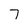
Character: 7